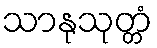
သာနုသုတ္တံ